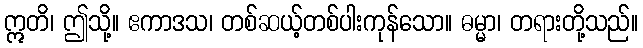
ဣတိ၊ ဤသို့။ ဧကာဒသ၊ တစ်ဆယ့်တစ်ပါးကုန်သော။ ဓမ္မာ၊ တရားတို့သည်။